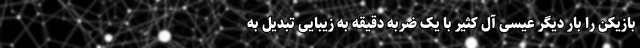
بازیکن را بار دیگر عیسی آل کثیر با یک ضربه دقیقه به زیبایی تبدیل به